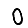
Digit: 0